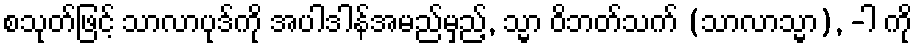
စသုတ်ဖြင့် သာလာပုဒ်ကို အပါဒါန်အမည်မှည့်, သ္မာ ဝိဘတ်သက် (သာလာသ္မာ), -ါ ကို